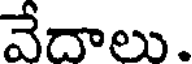
వేదాలు.